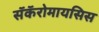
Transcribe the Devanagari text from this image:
सॅकॅरोमायसिस